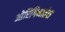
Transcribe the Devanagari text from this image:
ओरिगिनातेस